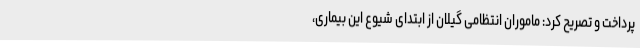
پرداخت و تصریح کرد: ماموران انتظامی گیلان از ابتدای شیوع این بیماری،